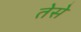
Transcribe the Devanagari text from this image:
तेसे